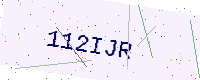
Text: 112IJR